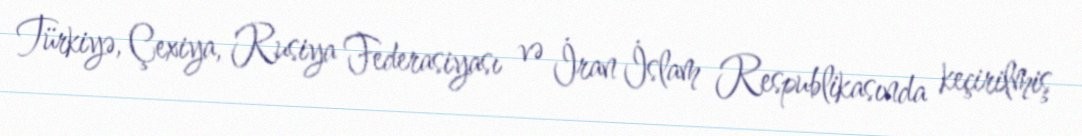
Türkiyə, Çexiya, Rusiya Federasiyası və İran İslam Respublikasında keçirilmiş